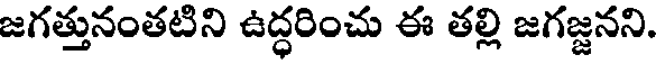
జగత్తునంతటిని ఉద్ధరించు ఈ తల్లి జగజ్జనని.